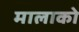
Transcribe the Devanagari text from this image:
मालाको